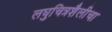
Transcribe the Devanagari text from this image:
लघुचित्रशैलीचा